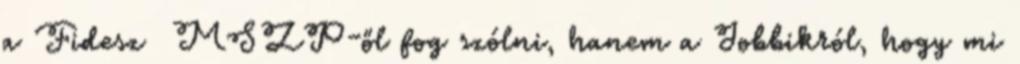
a Fidesz MSZP-ől fog szólni, hanem a Jobbikról, hogy mi